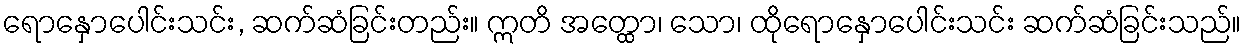
ရောနှောပေါင်းသင်း, ဆက်ဆံခြင်းတည်း။ ဣတိ အတ္ထော၊ သော၊ ထိုရောနှောပေါင်းသင်း ဆက်ဆံခြင်းသည်။